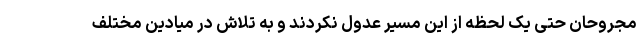
مجروحان حتی یک لحظه از این مسیر عدول نکردند و به تلاش در میادین مختلف